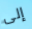
إلى